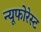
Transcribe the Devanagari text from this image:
न्यूफोरेस्ट